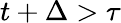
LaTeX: t+\Delta>\tau